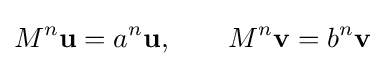
M^{n}\mathbf {u} =a^{n}\mathbf {u} ,\qquad M^{n}\mathbf {v} =b^{n}\mathbf {v}